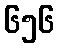
၆၅၆